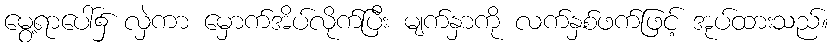
မွေ့ရာပေါ်၌ လှဲကာ မှောက်အိပ်လိုက်ပြီး မျက်နှာကို လက်နှစ်ဖက်ဖြင့် အုပ်ထားသည်။